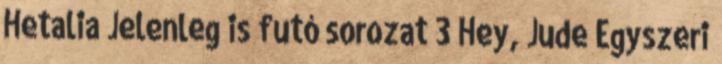
Hetalia Jelenleg is futó sorozat 3 Hey, Jude Egyszeri